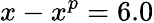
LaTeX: x-x^{p}=6.0